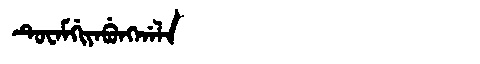
Manchu: ᡨᡠᠸᠠᠮᡤᡳᠶᠠᠪᡠᠩᡤᠠᠯᠠ
Romanization: TUWAMGIYABUNGGALA